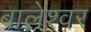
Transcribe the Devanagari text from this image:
बालेश्‍वर